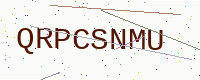
Text: QRPCSNMU